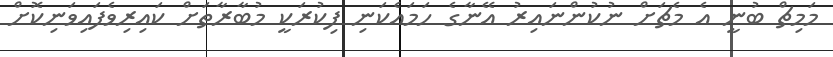
މަމިޗް ބުނީ އެ މެޗަށް ނުކުންނައިރު އޭނާގެ ހަމައެކަނި ފިކުރަކީ މުބާރާތަށް ކައިރިވެފައިވަނިކޮށް